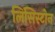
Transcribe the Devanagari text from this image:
लिंसिस्टोन